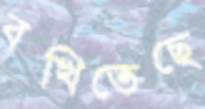
বখিতেছে